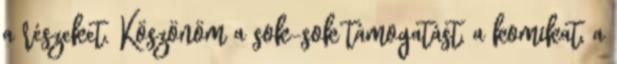
a részeket. Köszönöm a sok-sok támogatást, a komikat, a